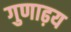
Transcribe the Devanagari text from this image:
गुणाढ़य